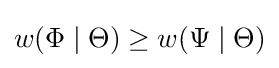
w(\Phi \mid \Theta )\geq w(\Psi \mid \Theta )